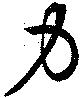
力